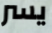
يسر